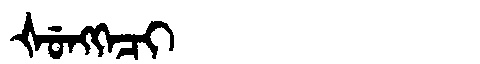
Manchu: ᡧᡠᠩᡴᡝᠴᡳ
Romanization: ŠUNGKECI